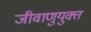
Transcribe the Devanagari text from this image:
जीवाणुयुक्त